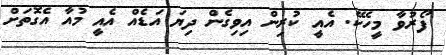
ފޯރުވާ މީހެކޭ. އެއީ ކުރިން އިވިގެން ދިޔަ އަޑެއް އެއީ މުއާ އެގޮތަށް